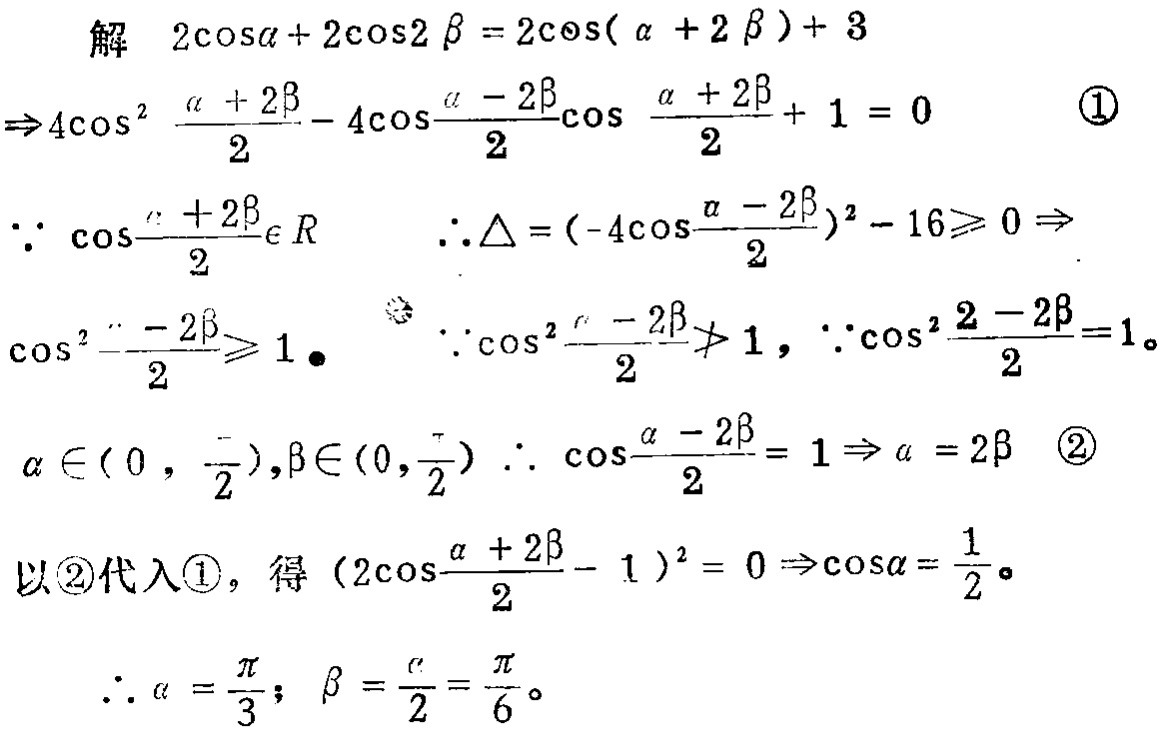
解 \(2\cos\alpha + 2\cos2\beta = 2\cos(\alpha + 2\beta)+ 3\)
\(\Rightarrow4\cos^{2}\frac{\alpha + 2\beta}{2}- 4\cos\frac{\alpha - 2\beta}{2}\cos\frac{\alpha + 2\beta}{2}+ 1 = 0\)  \textcircled{1}
\(\because \cos\frac{\alpha + 2\beta}{2}\in R\)  \(\therefore\Delta = (-4\cos\frac{\alpha - 2\beta}{2})^{2}- 16\geqslant 0\Rightarrow\)
\(\cos^{2}\frac{\alpha - 2\beta}{2}\geqslant 1\) 。  \(\because\cos^{2}\frac{\alpha - 2\beta}{2}\neq 1\)，\(\because\cos^{2}\frac{\alpha - 2\beta}{2}=1\)。
\(\alpha\in(0,\frac{\pi}{2}),\beta\in(0,\frac{\pi}{2})\) \(\therefore \cos\frac{\alpha - 2\beta}{2}= 1\Rightarrow \alpha = 2\beta\)  \textcircled{2}
以\textcircled{2}代入\textcircled{1}，得 \((2\cos\frac{\alpha + 2\beta}{2}- 1)^{2}= 0\Rightarrow\cos\alpha=\frac{1}{2}\)。
\(\therefore \alpha =\frac{\pi}{3}\)；\(\beta =\frac{\alpha}{2}=\frac{\pi}{6}\)。